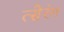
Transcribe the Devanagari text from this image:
त्सेरंग